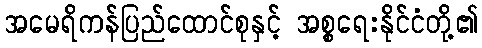
အမေရိကန်ပြည်ထောင်စုနှင့် အစ္စရေးနိုင်ငံတို့၏